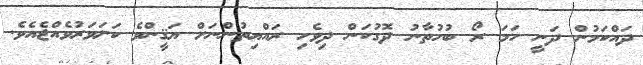
ދައްކަމުން ދަނީ ހަމަ ރޯ ބުހުތާނު ދޮގުކަން ދިވެހި ރައްޔިތުންނަށް ޔަޤީންވެ ކަށަވަރުވެއްޖެއެވެ.